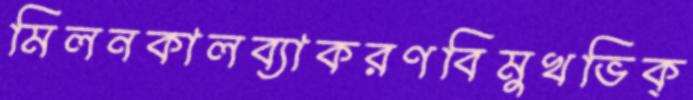
মিলনকালব্যাকরণবিমুখভিক্